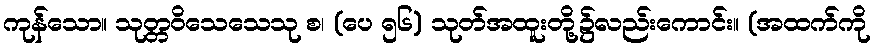
ကုန်သော။ သုတ္တဝိသေသေသု စ၊ (ပေ ၅၆) သုတ်အထူးတို့၌လည်းကောင်း။ (အထက်ကို